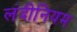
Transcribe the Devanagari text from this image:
लंदीनियम